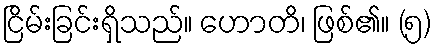
ငြိမ်းခြင်းရှိသည်။ ဟောတိ၊ ဖြစ်၏။ (၅)